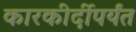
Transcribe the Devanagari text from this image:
कारकीर्दीपर्यंत